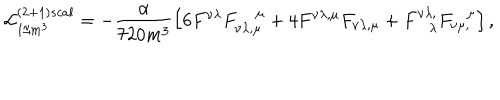
{ \cal L } _ { 1 / m ^ { 3 } } ^ { ( 2 + 1 ) s c a l } = - \frac { \alpha } { 7 2 0 m ^ { 3 } } \left[ 6 F ^ { \nu \lambda } F _ { \nu \lambda , \mu } ^ { ~ \mu } + 4 F ^ { \nu \lambda , \mu } F _ { \nu \lambda , \mu } + F _ { \lambda } ^ { \nu \lambda , } F _ { \nu \mu , } ^ { \mu } \right] ,